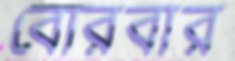
বোরবার